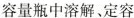
容量瓶中溶解、定容